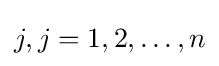
j,j=1,2,\dots ,n